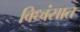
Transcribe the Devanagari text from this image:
विध्वंसात